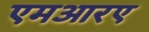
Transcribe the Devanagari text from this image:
एमआरए